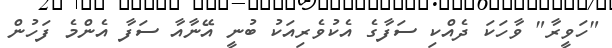
"ހަވީރާ" ވާހަކަ ދެއްކި ސަފާގެ އެކުވެރިއަކު ބުނީ އޭނާއާ ސަފާ އެންމެ ފަހުން